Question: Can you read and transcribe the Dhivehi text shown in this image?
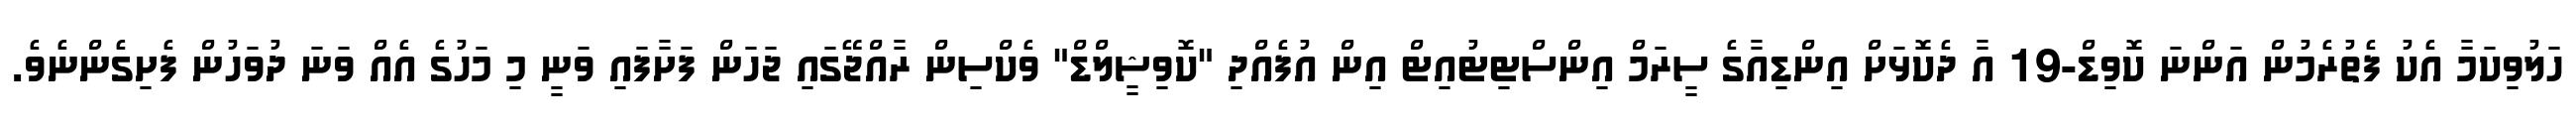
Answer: ހަލުވިކަމާ އެކު ފެތުރެމުން އަންނަ ކޮވިޑް-19 އާ ދެކޮޅަށް އިންޑިއާގެ ސީރަމް އިންސްޓިޓުއިޓް އިން އުފެއްދި "ކޮވިޝީލްޑް" ވެކްސިން ރާއްޖޭގައި ޖަހަން ފަށާފައި ވަނީ މި މަހުގެ އެއް ވަނަ ދުވަހުން ފެށިގެންނެވެ.